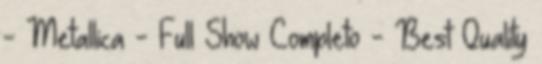
- Metallica - Full Show Completo - Best Quality